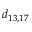
d _ { 1 3 , 1 7 }